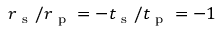
r _ { \mathrm { ~ s ~ } } / r _ { \mathrm { ~ p ~ } } = - t _ { \mathrm { ~ s ~ } } / t _ { \mathrm { ~ p ~ } } = - 1